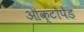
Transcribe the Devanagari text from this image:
ऑक्टोपेड